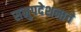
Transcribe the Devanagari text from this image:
समुपदेशनाचे